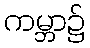
ကမ္ဘာ၌